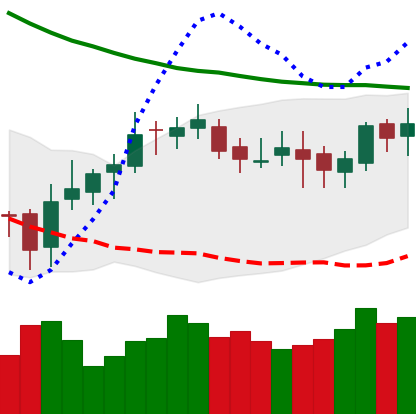
Ticker: DOGE-USD
Chart end date: 2019-03-29
Forward return: 51.605%
Label: up_7plus